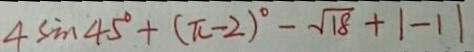
4 \sin 4 5 ^ { \circ } + ( \pi - 2 ) ^ { \circ } - \sqrt { 1 8 } + 1 - 1 1